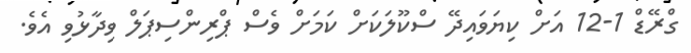
ގްރޭޑް 1-12 އަށް ކިޔަވައިދޭ ސްކޫލަކަށް ކަމަށް ވެސް ޕްރިންސިޕަލް ވިދާޅުވި އެވެ.